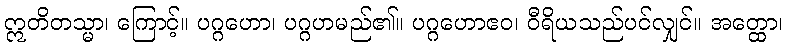
ဣတိတသ္မာ၊ ကြောင့်။ ပဂ္ဂဟော၊ ပဂ္ဂဟမည်၏။ ပဂ္ဂဟောဧဝ၊ ဝီရိယသည်ပင်လျှင်။ အတ္ထော၊